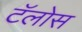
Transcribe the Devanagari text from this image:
टॅलोस